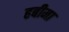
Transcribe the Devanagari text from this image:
हबीमा